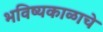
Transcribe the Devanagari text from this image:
भविष्यकाळाचे